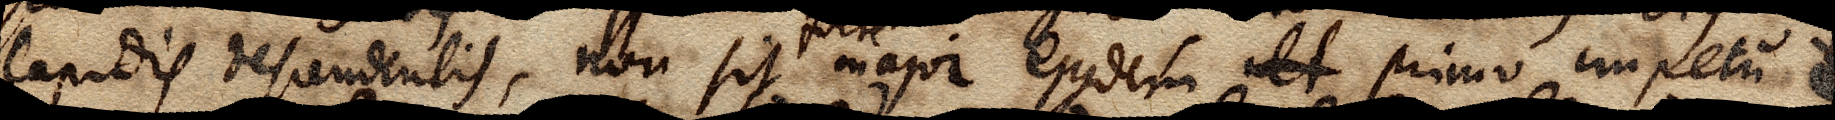
lapidis descendentis, non sit major ejusdem ult primo impetu a